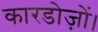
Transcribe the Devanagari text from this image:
कारडोज़ों।